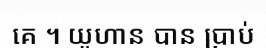
គេ ។ យូហាន បាន ប្រាប់